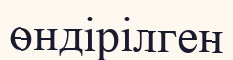
өндірілген